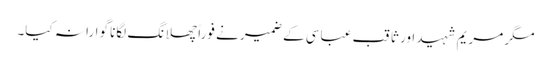
مگر مریم شہید اور ثاقب عباسی کے ضمیر نے فوراً چھلانگ لگانا گوارا نہ کیا۔